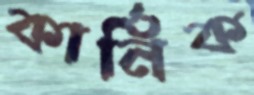
কার্নিক